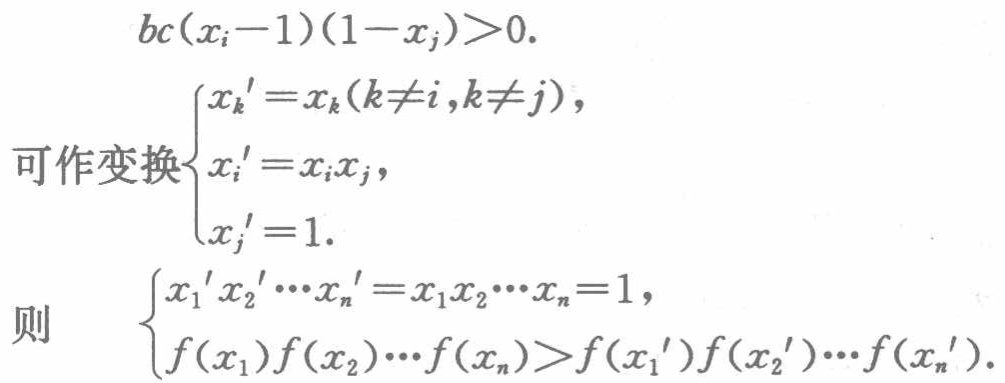
\[

bc(x_{i} - 1)(1 - x_{j})>0.

\]

\[

可作变换\begin{cases}

x_{k}' = x_{k}(k\neq i,k\neq j),\\

x_{i}' = x_{i}x_{j},\\

x_{j}' = 1.

\end{cases}

\]

\[

则\quad

\begin{cases}

x_{1}'x_{2}'\cdots x_{n}' = x_{1}x_{2}\cdots x_{n}=1,\\

f(x_{1})f(x_{2})\cdots f(x_{n})>f(x_{1}')f(x_{2}')\cdots f(x_{n}').

\end{cases}

\]